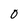
Character: O